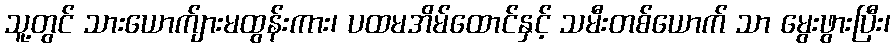
သူ့တွင် သားယောက်ျားမထွန်းကား၊ ပထမအိမ်ထောင်နှင့် သမီးတစ်ယောက် သာ မွေးဖွားပြီး၊